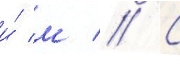
и́ м // С